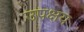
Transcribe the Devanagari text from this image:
उपक्षय